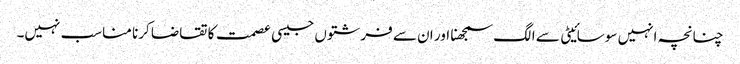
چنانچہ انہیں سوسائیٹی سے الگ سمجھنا اور ان سے فرشتوں جیسی عصمت کا تقاضا کرنا مناسب نہیں۔